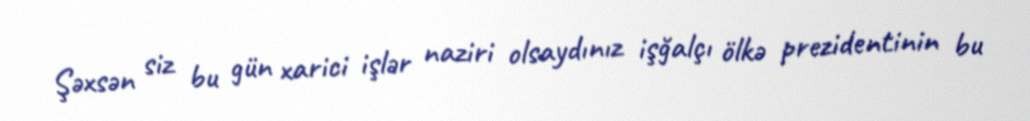
Şəxsən siz bu gün xarici işlər naziri olsaydınız işğalçı ölkə prezidentinin bu